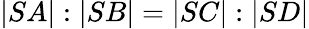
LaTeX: |SA|:|SB|=|SC|:|SD|